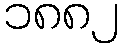
၁၈၈၂